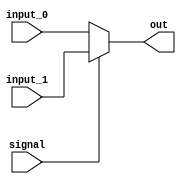
module mux_2_to_1(output reg [31:0] out, input wire [31:0] input_0, input wire [31:0] input_1, input wire signal);

always@(*)begin
		if (signal == 1)
			out[31:0] <= input_1[31:0];
		else 
			out[31:0] <= input_0[31:0];
	end
endmodule